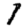
Digit: 1